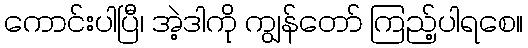
ကောင်းပါပြီ၊ အဲ့ဒါကို ကျွန်တော် ကြည့်ပါရစေ။